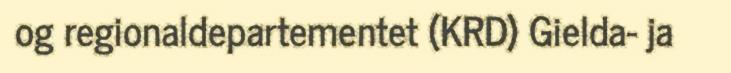
og regionaldepartementet (KRD) Gielda- ja